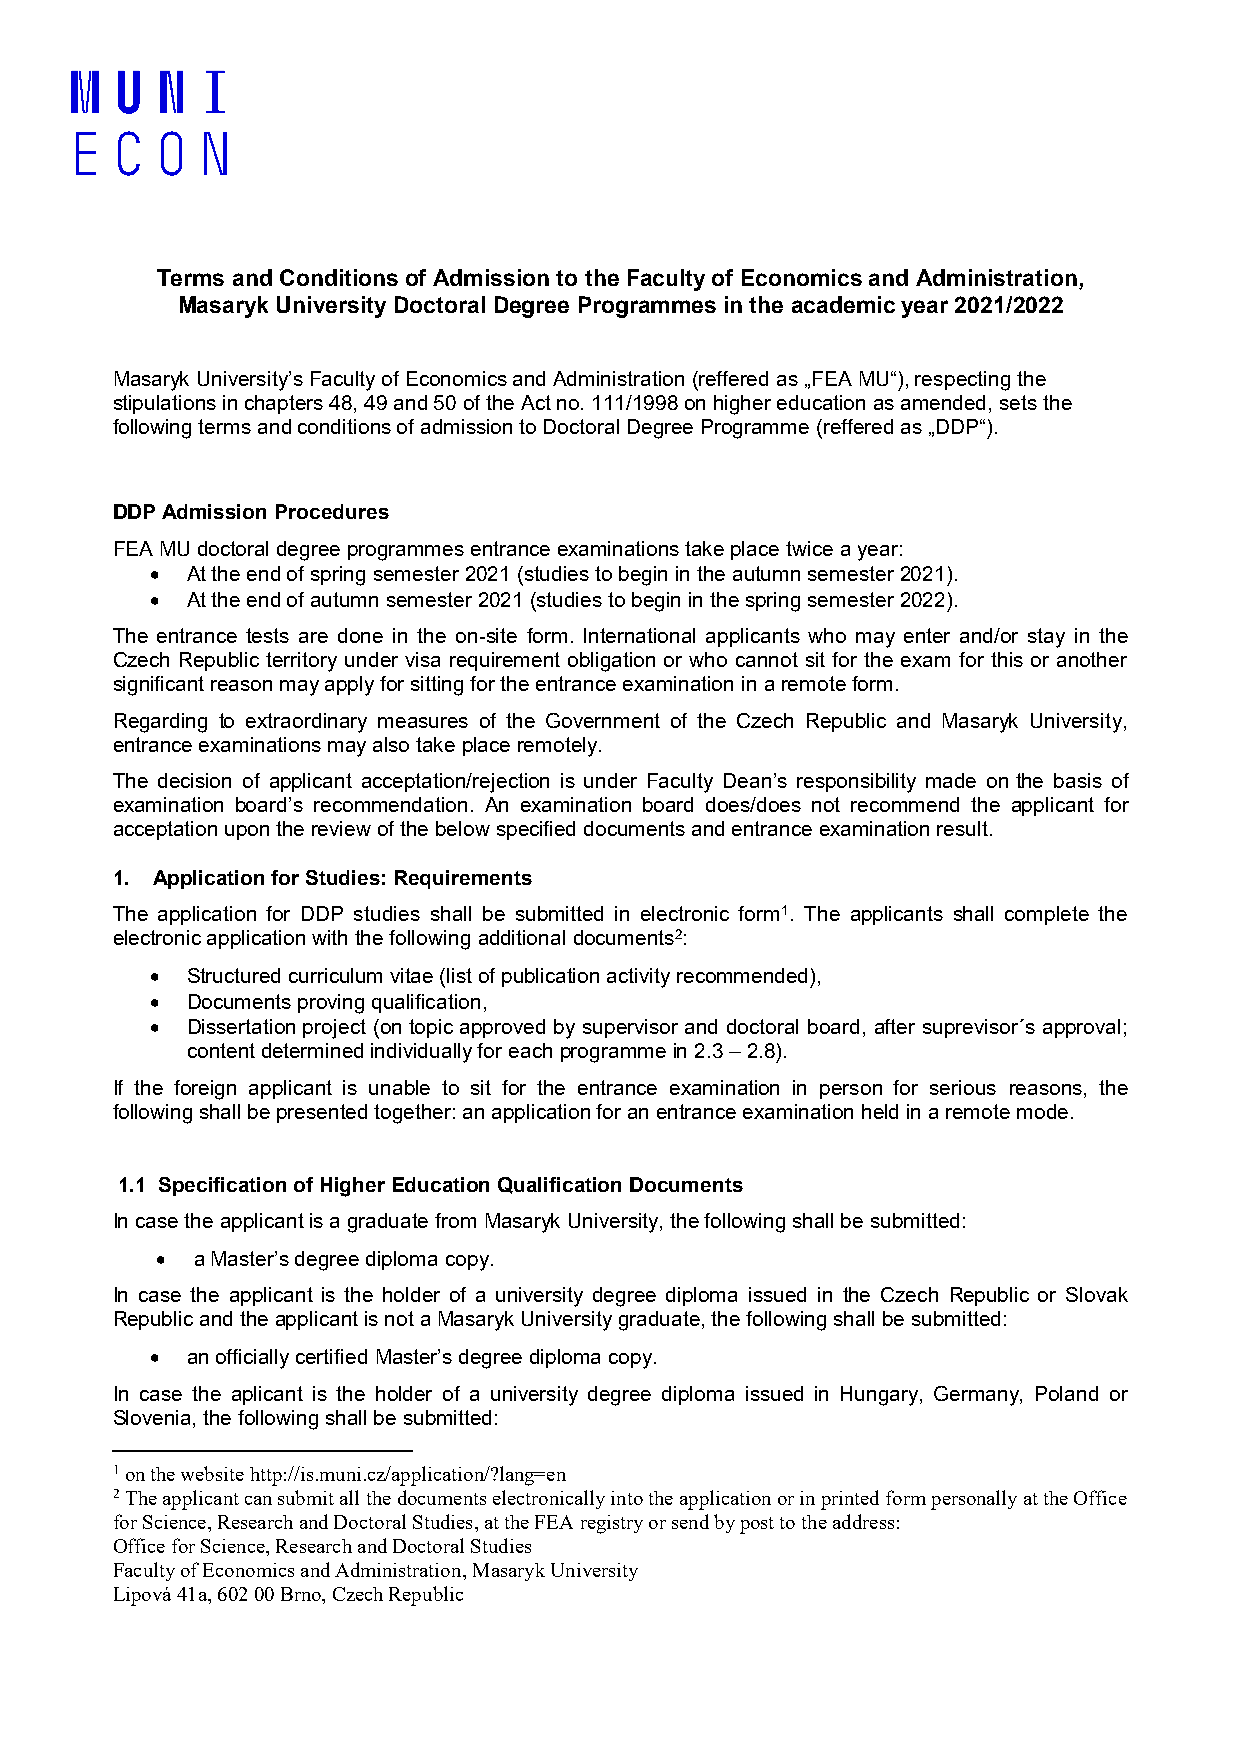
Terms and Conditions of Admission to the Faculty of Economics and Administration,
 Masaryk University Doctoral Degree Programmes in the academic year 2021/2022
 Masaryk University’s Faculty of Economics and Administration (reffered as „FEA MU“), respecting the
 stipulations in chapters 48, 49 and 50 of the Act no. 111/1998 on higher education as amended, sets the
 following terms and conditions of admission to Doctoral Degree Programme (reffered as „DDP“).
 DDP Admission Procedures
 FEA MU doctoral degree programmes entrance examinations take place twice a year:
 • At the end of spring semester 2021 (studies to begin in the autumn semester 2021).
 • At the end of autumn semester 2021 (studies to begin in the spring semester 2022).
 The entrance tests are done in the on-site form. International applicants who may enter and/or stay in the
 Czech Republic territory under visa requirement obligation or who cannot sit for the exam for this or another
 significant reason may apply for sitting for the entrance examination in a remote form.
 Regarding to extraordinary measures of the Government of the Czech Republic and Masaryk University,
 entrance examinations may also take place remotely.
 The decision of applicant acceptation/rejection is under Faculty Dean’s responsibility made on the basis of
 examination board’s recommendation. An examination board does/does not recommend the applicant for
 acceptation upon the review of the below specified documents and entrance examination result.
 1. Application for Studies: Requirements
 The application for DDP studies shall be submitted in electronic form1. The applicants shall complete the
 electronic application with the following additional documents2:
 • Structured curriculum vitae (list of publication activity recommended),
 • Documents proving qualification,
 • Dissertation project (on topic approved by supervisor and doctoral board, after suprevisor´s approval;
 content determined individually for each programme in 2.3 – 2.8).
 If the foreign applicant is unable to sit for the entrance examination in person for serious reasons, the
 following shall be presented together: an application for an entrance examination held in a remote mode.
 1.1 Specification of Higher Education Qualification Documents
 In case the applicant is a graduate from Masaryk University, the following shall be submitted:
 •  a Master’s degree diploma copy.
 In case the applicant is the holder of a university degree diploma issued in the Czech Republic or Slovak
 Republic and the applicant is not a Masaryk University graduate, the following shall be submitted:
 • an officially certified Master’s degree diploma copy.
 In case the aplicant is the holder of a university degree diploma issued in Hungary, Germany, Poland or
 Slovenia, the following shall be submitted:
 1 on the website http://is.muni.cz/application/?lang=en
 2 The applicant can submit all the documents electronically into the application or in printed form personally at the Office
 for Science, Research and Doctoral Studies, at the FEA registry or send by post to the address:
 Office for Science, Research and Doctoral Studies
 Faculty of Economics and Administration, Masaryk University
 Lipová 41a, 602 00 Brno, Czech Republic